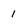
Character: 1